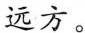
远方。